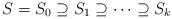
LaTeX: \begin{align*}S=S_0\supseteq S_1 \supseteq \dots \supseteq S_k\end{align*}